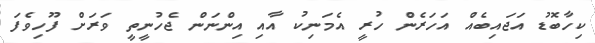
ކިހާބޮޑު އަޖައިބެއް އަހަރެން ހުރީ އެމަނިކު އާއި އިންނަން ޖެހުނީތީ ވަރަށް ފޫހިވެފަ